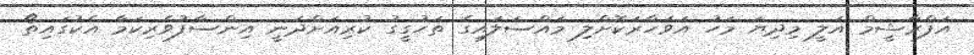
އަފްރާޝީމް އަލީ މިދިޔަ މަހު އަވަހާރަކޮށްލި މައްސަލައިގެ ތަހުގީގު ކުރިއަށްދަނީ އިންސާފުވެރިކަމާ އެކުގައިތޯ